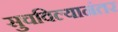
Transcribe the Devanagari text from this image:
सुचविल्यानंतर